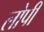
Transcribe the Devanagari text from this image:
लोपी